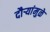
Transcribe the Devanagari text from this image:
दौर्‍यांमुळे